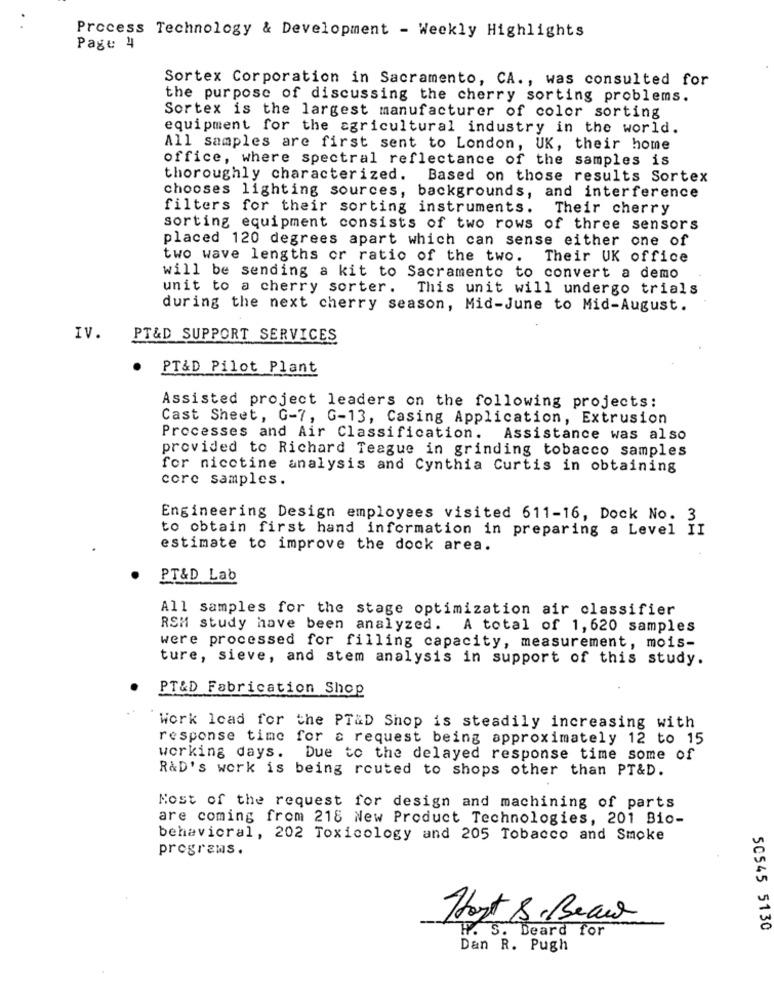
Process Technology & Development - Weekly Highlights
Page 4
Sortex Corporation in Sacramento, CA ., was consulted for
the purpose of discussing the cherry sorting problems.
Sortex is the largest manufacturer of color sorting
equipment for the agricultural industry in the world.
All samples are first sent to London, UK, their home
office, where spectral reflectance of the samples is
thoroughly characterized. Based on those results Sortex
chooses lighting sources, backgrounds, and interference
filters for their sorting instruments. Their cherry
sorting equipment consists of two rows of three sensors
placed 120 degrees apart which can sense either one of
two wave lengths or ratio of the two. Their UK office
will be sending a kit to Sacramento to convert a demo
unit to a cherry sorter. This unit will undergo trials
during the next cherry season, Mid-June to Mid-August.
IV.
PT&D SUPPORT SERVICES
PT&D Pilot Plant
Assisted project leaders on the following projects:
Cast Sheet, G-7, G-13, Casing Application, Extrusion
Processes and Air Classification. Assistance was also
provided to Richard Teague in grinding tobacco samples
for nicotine analysis and Cynthia Curtis in obtaining
core samples.
Engineering Design employees visited 611-16, Dock No. 3
to obtain first hand information in preparing a Level II
estimate to improve the dock area.
PT&D Lab
All samples for the stage optimization air classifier
RSM study have been analyzed. A total of 1, 620 samples
were processed for filling capacity, measurement, mois-
ture, sieve, and stem analysis in support of this study.
PT&D Fabrication Shop
Work load for the PT&D Shop is steadily increasing with
response time for a request being approximately 12 to 15
working days. Due to the delayed response time some of
R&D's work is being routed to shops other than PT&D.
Most of the request for design and machining of parts
are coming from 218 New Product Technologies, 201 Bio-
behavioral, 202 Toxicology and 205 Tobacco and Smoke
programs.
Hart S. Beau
50545 5130
W. S. Deard for
Dan R. Pugh